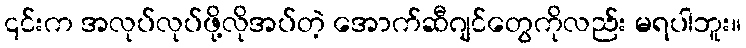
၎င်းက အလုပ်လုပ်ဖို့လိုအပ်တဲ့ အောက်ဆီဂျင်တွေကိုလည်း မရပါဘူး။